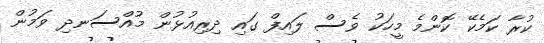
ކުރާ ކަމެކޭ ކޮންމެ މީހަކު ވެސް ލައިފް ގައި ދިރިއުޅުން މުއްސަނދި ވަމުން